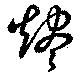
燼